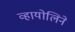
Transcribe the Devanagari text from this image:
व्हायोलिने